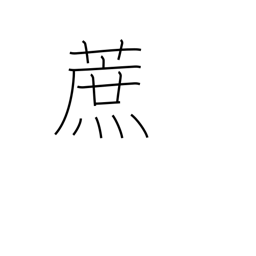
Meaning: sugar cane